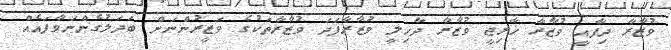
ވުޒާރާ ދިފާއީ ވުޒާރާ ޚާރިޖީ ވުޒާރާ ދާޚިލީ ވުޒާރާފަދަ ވުޒާރާތަކުގެ ވަޒީރުންނަށް ބަދަލުގެންނަވާފައެއް